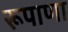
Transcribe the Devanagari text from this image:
रूपाणा